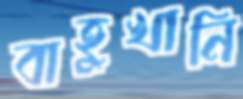
বাহুখানি